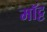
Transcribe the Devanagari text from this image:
मॉट्ट